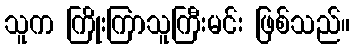
သူက ကြိုးကြာသူကြီးမင်း ဖြစ်သည်။